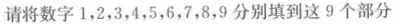
请将数字1，2，3，4，5，6，7，8，9分别填到这9个部分